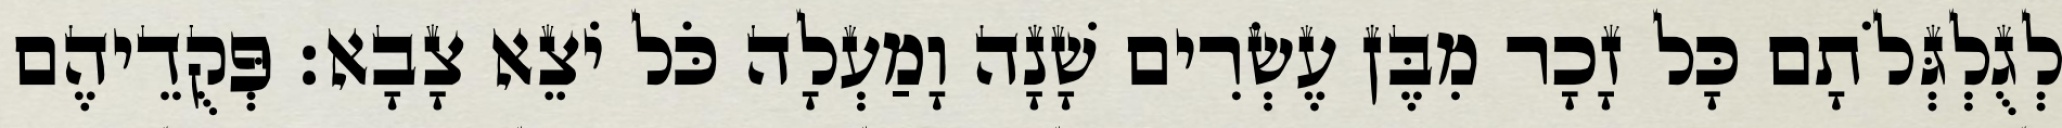
לְגֻלְגְּלֹתָם כָּל זָכָר מִבֶּן עֶשְׂרִים שָׁנָה וָמַעְלָה כֹּל יֹצֵא צָבָא׃ פְּקֻדֵיהֶם